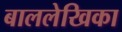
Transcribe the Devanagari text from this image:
बाललेखिका